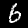
Digit: 6